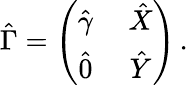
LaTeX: \hat{\Gamma}=\left(\begin{array}{cc}{{\hat{\gamma}~}}&{{\hat{X}}}\\ {{\hat{0}~}}&{{\hat{Y}}}\end{array}\right)\, .